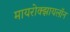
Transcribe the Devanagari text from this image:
मायरोक्झायलॉन